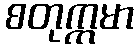
စတုက္ကမာ